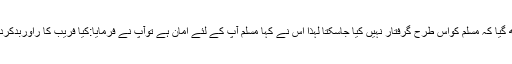
مسلم کے حملوں کودیکھ کر ابن اشعث سمجھ گیا کہ مسلم کواس طرح گرفتار نہیں کیا جاسکتا لہذا اس نے کہا مسلم آپ کے لئے امان ہے توآپ نے فرمایا:کیا فریب کا راوربدکردارلوگوں کی امان پر اعتماد کیا جاسکتا ہے؟